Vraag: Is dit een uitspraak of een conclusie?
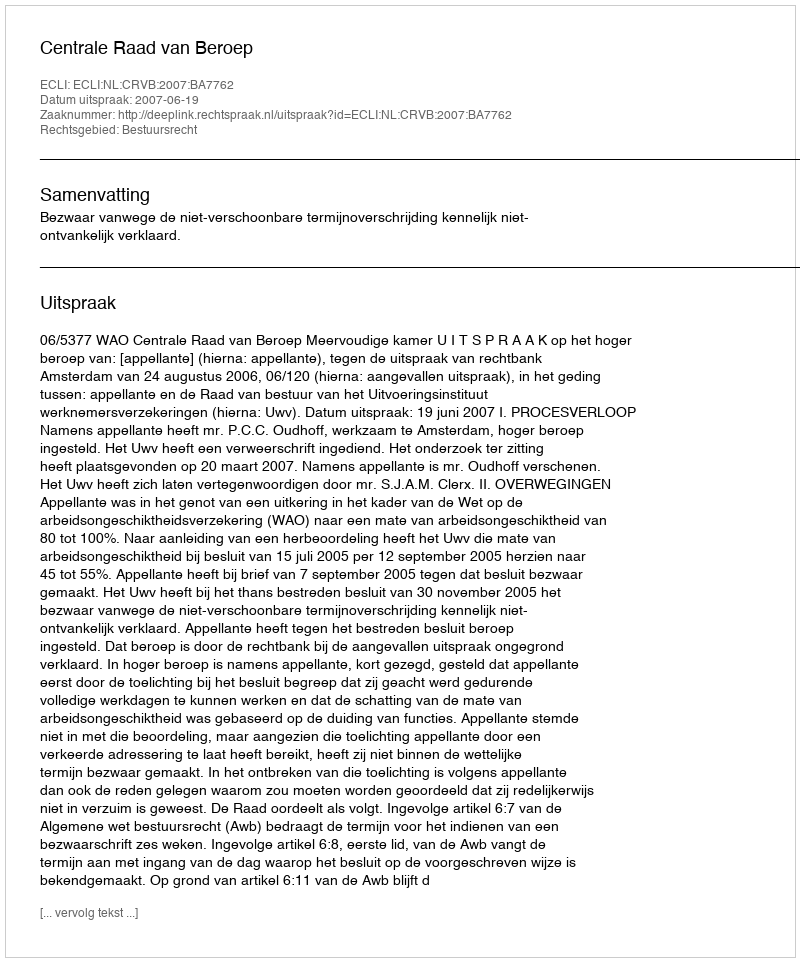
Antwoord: Uitspraak